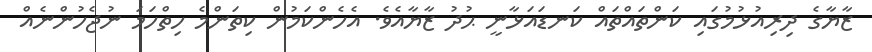
ޒާޔާގެ ދިރިއުޅުމުގައި ކަންތައްތައް ކަނޑައަޅާނީ ޙުދު ޒާޔާއެވެ. އެހެންކަމުން ކިތަންމެ ހިތްހަމަ ނުޖެހުންނެއް